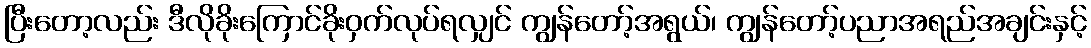
ပြီးတော့လည်း ဒီလိုခိုးကြောင်ခိုးဝှက်လုပ်ရလျှင် ကျွန်တော့်အရွယ်၊ ကျွန်တော့်ပညာအရည်အချင်းနှင့်